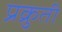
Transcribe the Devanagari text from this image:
प्रक्रुती